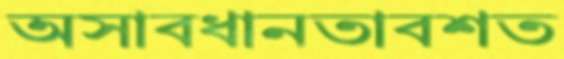
অসাবধানতাবশত